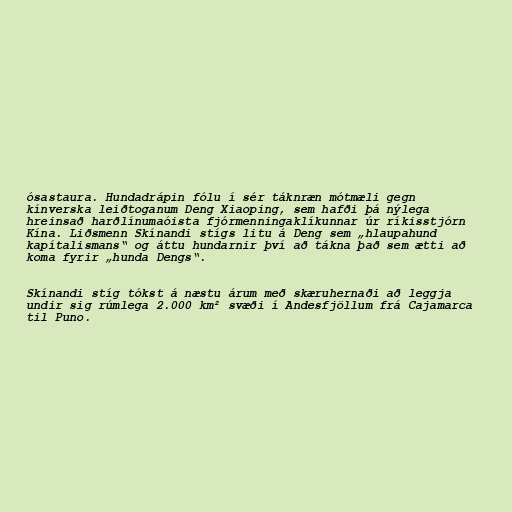
ósastaura. Hundadrápin fólu í sér táknræn mótmæli gegn
kínverska leiðtoganum Deng Xiaoping, sem hafði þá nýlega
hreinsað harðlínumaóista fjórmenningaklíkunnar úr ríkisstjórn
Kína. Liðsmenn Skínandi stígs litu á Deng sem „hlaupahund
kapítalismans“ og áttu hundarnir því að tákna það sem ætti að
koma fyrir „hunda Dengs“.

Skínandi stíg tókst á næstu árum með skæruhernaði að leggja
undir sig rúmlega 2.000 km² svæði í Andesfjöllum frá Cajamarca
til Puno.